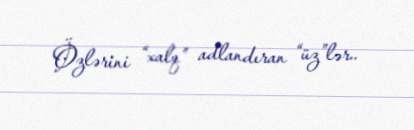
Özlərini “xalq” adlandıran “üz”lər..